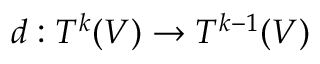
d : T ^ { k } ( V ) \to T ^ { k - 1 } ( V )